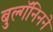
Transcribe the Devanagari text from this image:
बुल्गॅनिनने